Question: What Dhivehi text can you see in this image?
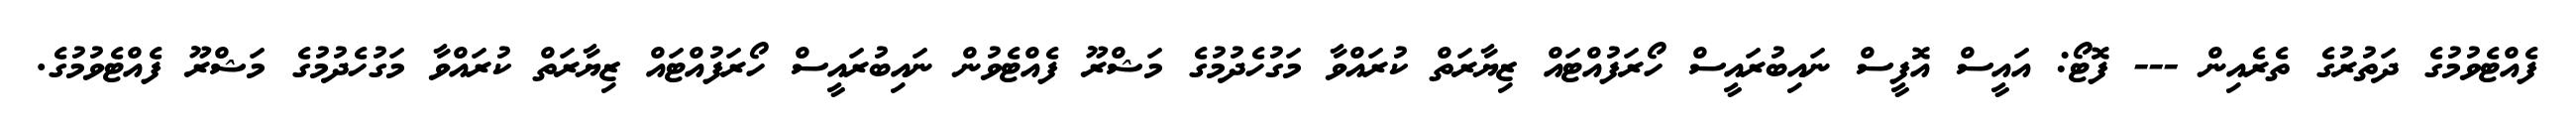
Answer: ފެއްޓެވުމުގެ ދަތުރުގެ ތެރެއިން --- ފޮޓޯ: އައީސް އޮފީސް ނައިބުރައީސް ހޯރަފުއްޓައް ޒިޔާރަތް ކުރައްވާ މަގުހެދުމުގެ މަޝްރޫ ފެއްޓެވުން ނައިބުރައީސް ހޯރަފުއްޓައް ޒިޔާރަތް ކުރައްވާ މަގުހެދުމުގެ މަޝްރޫ ފެއްޓެވުމުގެ.